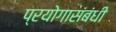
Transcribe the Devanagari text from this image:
प्रयोगासंबंधी